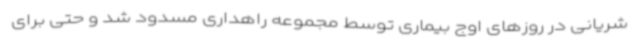
شریانی در روزهای اوج بیماری توسط مجموعه راهداری مسدود شد و حتی برای